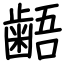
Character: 𪘚